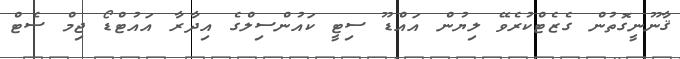
ޤާނޫނީގޮތުން ގެޒެޓްކުރެވޭ ލިޔުން އައްޑޫ ސިޓީ ކައުންސިލްގެ އިދާރާ އައުޓްޑޯ ޖިމް ސެޓް